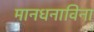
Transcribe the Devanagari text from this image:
मानधनाविना